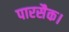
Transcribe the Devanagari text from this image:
पारसैक।